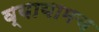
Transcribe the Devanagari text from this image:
व्यायामच